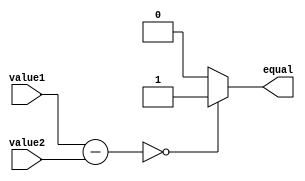
module Equality_Comparator(
    input [7:0] value1,
    input [7:0] value2,
    output reg equal
);

reg [7:0] difference;

always @ (value1 or value2)
begin
    difference = value1 - value2;
    if(difference == 0)
        equal = 1;
    else
        equal = 0;
end

endmodule